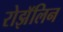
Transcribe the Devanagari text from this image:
रोझॅलिन